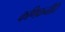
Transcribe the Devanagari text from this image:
कणिकनीति